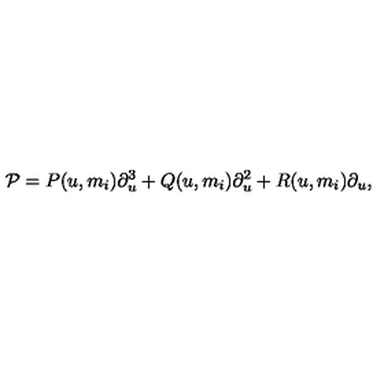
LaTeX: { \cal P } = { P } ( u , m _ { i } ) \partial _ { u } ^ { 3 } + { Q } ( u , m _ { i } ) \partial _ { u } ^ { 2 } + { R } ( u , m _ { i } ) \partial _ { u } ,